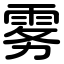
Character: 雾